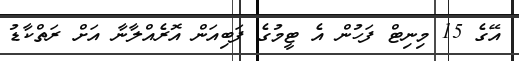
އޭގެ 15 މިނިޓް ފަހުން އެ ޓީމުގެ ފަބިއަން އޮރެއްލާނާ އަށް ރަތްކާޑު